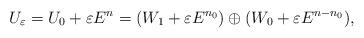
LaTeX: \begin{align*}U_\varepsilon=U_0+\varepsilon E^n=(W_1+\varepsilon E^{n_0})\oplus(W_0+\varepsilon E^{n-n_0}),\end{align*}